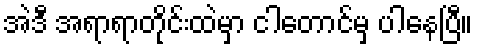
အဲဒီ အရာရာတိုင်းထဲမှာ ငါတောင်မှ ပါနေပြီ။